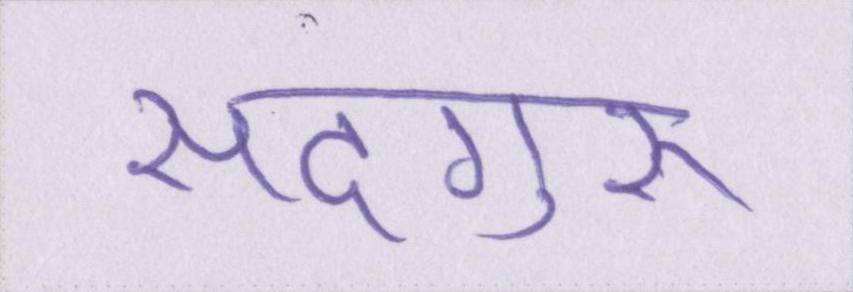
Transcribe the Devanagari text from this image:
सदगुरू